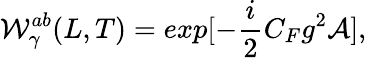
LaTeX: {\cal W}_{\gamma}^{ab}(L,T)=exp[-{\frac{i}{2}}C_{F}g^{2}{\cal A}],